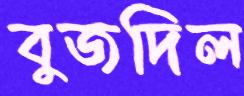
বুজদিল